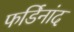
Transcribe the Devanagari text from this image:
फर्डिनांद